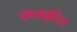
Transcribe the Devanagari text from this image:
छात्रवृतित